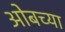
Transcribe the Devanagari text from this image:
ओबच्या